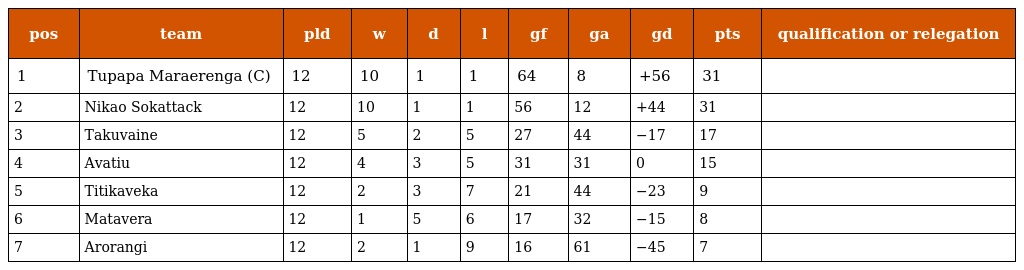
| pos | team | pld | w | d | l | gf | ga | gd | pts | qualification or relegation |
 | --- | --- | --- | --- | --- | --- | --- | --- | --- | --- | --- |
 | 1 | Tupapa Maraerenga (C) | 12 | 10 | 1 | 1 | 64 | 8 | +56 | 31 |  |
 | 2 | Nikao Sokattack | 12 | 10 | 1 | 1 | 56 | 12 | +44 | 31 |  |
 | 3 | Takuvaine | 12 | 5 | 2 | 5 | 27 | 44 | −17 | 17 |  |
 | 4 | Avatiu | 12 | 4 | 3 | 5 | 31 | 31 | 0 | 15 |  |
 | 5 | Titikaveka | 12 | 2 | 3 | 7 | 21 | 44 | −23 | 9 |  |
 | 6 | Matavera | 12 | 1 | 5 | 6 | 17 | 32 | −15 | 8 |  |
 | 7 | Arorangi | 12 | 2 | 1 | 9 | 16 | 61 | −45 | 7 |  |